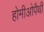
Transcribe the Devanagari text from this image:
होमीओपैथी